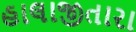
હાલાજીતારા